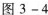
图3-4